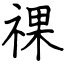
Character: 祼